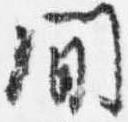
間